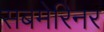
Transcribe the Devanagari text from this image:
सबमेरिनर